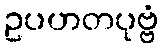
ဥပဟတပုဗ္ဗံ